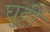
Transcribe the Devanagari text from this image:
घुट्टी